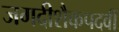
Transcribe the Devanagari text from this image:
जगदीशैकपदवीं